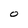
Character: O